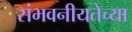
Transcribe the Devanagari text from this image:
संभवनीयतेच्या